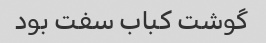
گوشت کباب سفت بود